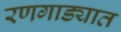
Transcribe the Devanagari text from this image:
रणगाड्यात